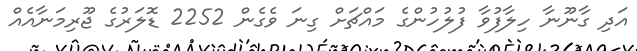
އަދި ގާނޫނާ ހިލާފުވާ ފުލުހުންގެ މައްޗަށް ގިނަ ވެގެން 2252 ޑޮލަރުގެ ޖޫރިމަނާއެއް